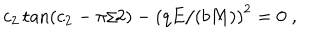
c _ { 2 } \tan ( c _ { 2 } - \pi / 2 ) - \left( q E / ( b M ) \right) ^ { 2 } = 0 \; ,